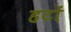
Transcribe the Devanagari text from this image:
हटों